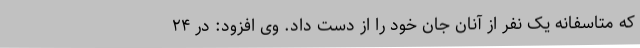
که متاسفانه یک نفر از آنان جان خود را از دست داد. وی افزود: در ۲۴